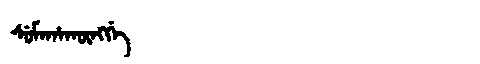
Manchu: ᠰᡠᠮᠠᡥᠠᡴᡡᠩᡤᡝ
Romanization: SUMAHAKŪNGGE